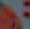
.